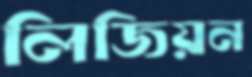
লিজিয়ন